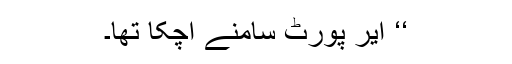
‘‘ ایر پورٹ سامنے آچکا تھا۔